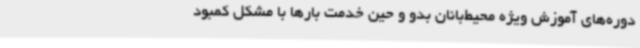
دوره‌های آموزش ویژه محیط‌بانان بدو و حین خدمت بارها با مشکل کمبود